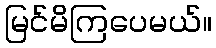
မြင်မိကြပေမယ်။